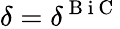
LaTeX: \delta=\delta^{\mathrm{~B~i~C~}}